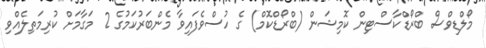
މޯލްޑިވްސް ބްރޯޑްކާސްޓިން ކޮމިޝަން (ބްރޯޑްކޮމް) ގެ ހުސްވެފައިވާ މެންބަރުކަމުގެ 2 މަގާމަށް ކުރިމަތިލެއްވި